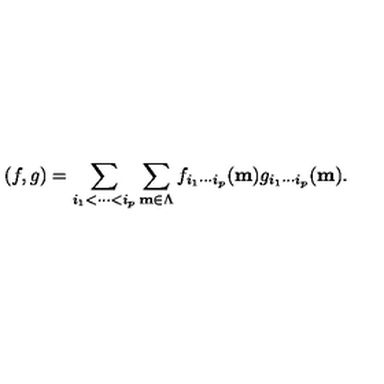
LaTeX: ( f , g ) = \sum _ { i _ { 1 } < \cdots < i _ { p } } \sum _ { { \bf m } \in \Lambda } f _ { i _ { 1 } \cdots i _ { p } } ( { \bf m } ) g _ { i _ { 1 } \cdots i _ { p } } ( { \bf m } ) .